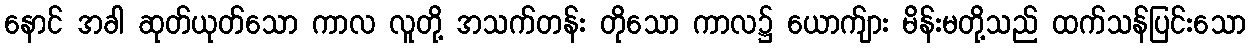
နောင် အခါ ဆုတ်ယုတ်သော ကာလ လူတို့ အသက်တန်း တိုသော ကာလ၌ ယောက်ျား မိန်းမတို့သည် ထက်သန်ပြင်းသော